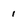
Character: 1